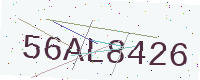
Text: 56AL8426